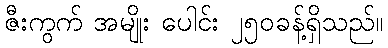
ဇီးကွက် အမျိုး ပေါင်း ၂၅၀ခန့်ရှိသည်။